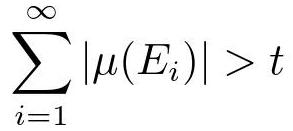
\[
\sum_{i = 1}^{\infty}|\mu(E_i)| > t
\]